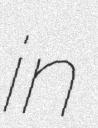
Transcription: in